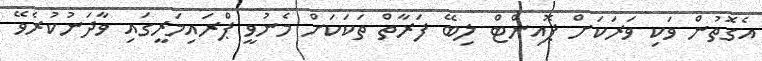
އެގޮތުން ވަކި ވަރަކަށް ޕޮއިންޓް ލިބޭ ފަރާތް ތަކަކަށް މެނުވީ ޕްރައިމަރީގައި ވާދަނުކުރެވޭ